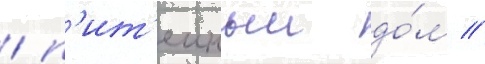
/ п'ит'еиныи до́м //